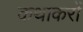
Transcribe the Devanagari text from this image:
कथाकरों